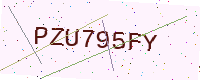
Text: PZU795FY